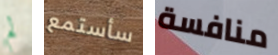
لم سأستمع منافسة